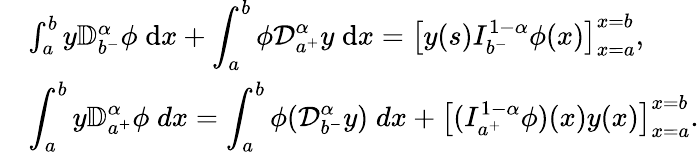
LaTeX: \begin{array}{lll}&{\int_{a}^{b}y{\mathbb D}_{b^{-}}^{\alpha}\phi\; \mathrm{d}x+\displaystyle\int_{a}^{b}\phi{\mathcal D}_{a^{+}}^{\alpha}y\; \mathrm{d}x=\left[y(s)I_{b^{-}}^{1-\alpha}\phi(x)\right]_{x=a}^{x=b},}\\ &{\displaystyle\int_{a}^{b}y{\mathbb D}_{a^{+}}^{\alpha}\phi\; dx=\displaystyle\int_{a}^{b}\phi({\mathcal D}_{b^{-}}^{\alpha}y)\; dx+\left[(I_{a^{+}}^{1-\alpha}\phi)(x)y(x)\right]_{x=a}^{x=b}.}\end{array}